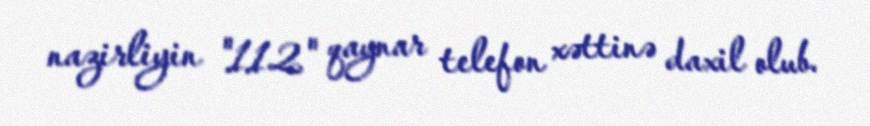
nazirliyin "112" qaynar telefon xəttinə daxil olub.